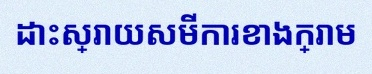
ដោះស្រាយសមីការខាងក្រោម